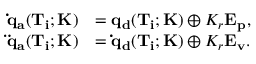
\begin{array} { r l } { \mathbf { \dot { q } _ { a } } ( \mathbf { T _ { i } } ; \mathbf { K } ) } & { = \mathbf { q _ { d } } ( \mathbf { T _ { i } } ; \mathbf { K } ) \oplus K _ { r } \mathbf { E _ { p } } , } \\ { \mathbf { \ddot { q } _ { a } } ( \mathbf { T _ { i } } ; \mathbf { K } ) } & { = \mathbf { \dot { q } _ { d } } ( \mathbf { T _ { i } } ; \mathbf { K } ) \oplus K _ { r } \mathbf { E _ { v } } . } \end{array}